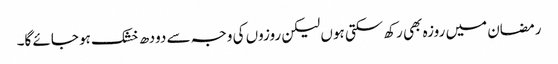
رمضان میں روزہ بھی رکھ سکتی ہوں لیکن روزوں کی وجہ سے دودھ خشک ہو جائے گا۔